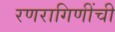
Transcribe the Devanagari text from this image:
रणरागिणींची